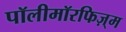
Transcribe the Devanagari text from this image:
पॉलीमॉरफिज़्म